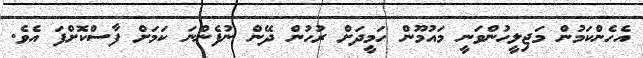
އެހެންކަމުން މަޖިލީހުންވަނީ މައުމޫން ހަމީދަށް ރުހުން ދޭން ނުފެންނަ ކަމަށް ފާސްކޮށްފަ އެވެ.